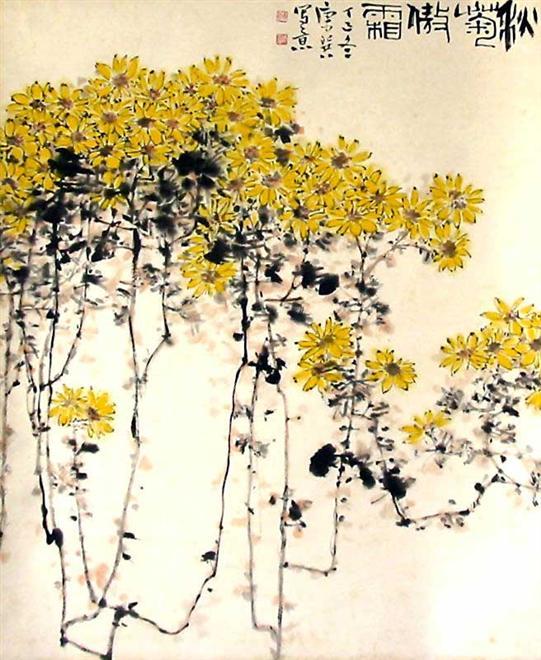
荷尽已无擎雨盖，菊残犹有傲霜枝。